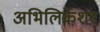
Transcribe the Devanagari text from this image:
अभिलिकेशन